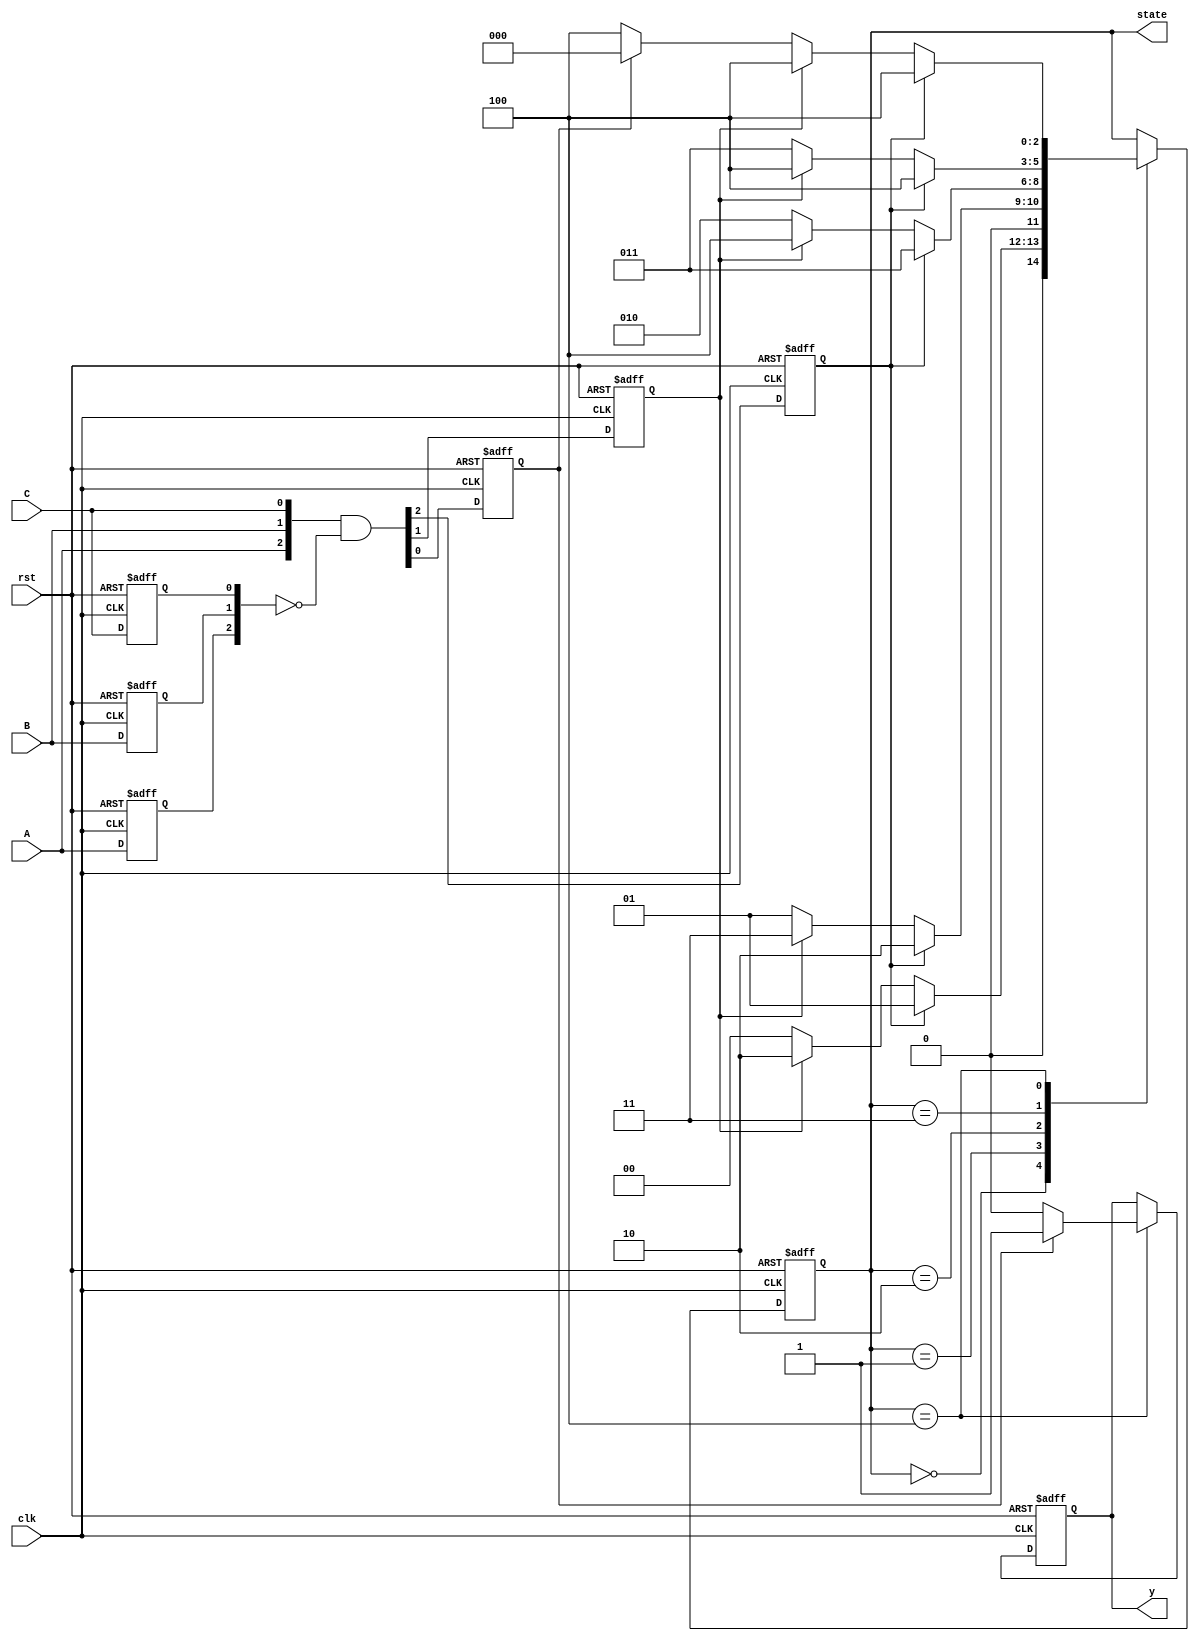
`timescale 1ns / 1ps
//////////////////////////////////////////////////////////////////////////////////
// Company: 
// Engineer: 
// 
// Design Name: 
// Module Name: SM2
// Project Name: 
// Target Devices: 
// Tool Versions: 
// Description: 
// 
// Dependencies: 
// 
// Revision:
// Revision 0.01 - File Created
// Additional Comments:
// 
//////////////////////////////////////////////////////////////////////////////////


module SM2(clk,rst,A,B,C,state,y);

input clk, rst;
input A,B,C;
reg A_reg,B_reg,C_reg;
reg A_trig,B_trig,C_trig;
output reg [2:0] state;
output reg y;

parameter S0=3'b000;
parameter S50=3'b001;
parameter S100=3'b010;
parameter S150=3'b011;
parameter S200=3'b100;

always @(negedge rst or posedge clk) begin
    if(!rst) begin
        {A_reg,B_reg,C_reg} <= 3'b000;
        {A_trig,B_trig,C_trig} <= 3'b000;
    end
    else begin
        {A_reg,B_reg,C_reg}<={A,B,C};
        {A_trig,B_trig,C_trig}<={A,B,C}&~{A_reg,B_reg,C_reg};
    end
end

always @(negedge rst or posedge clk) begin
    if(!rst) state<=S0;
    else begin
        case(state)
            S0:begin
                if(A_trig==1) state<=S50;
                else if(B_trig==1) state<=S100;
                else state<=S0;
            end
            S50:begin
                if(A_trig==1) state<=S100;
                else if(B_trig==1) state<=S150;
                else state<=S50;
            end
            S100:begin
                if(A_trig==1) state<=S150;
                else if(B_trig==1) state<=S200;
                else state<=S100;
            end
            S150:begin
                if(A_trig==1) state<=S200;
                else if(B_trig==1) state<=S200;
                else state<=S150;
            end
            S200:begin
                if(A_trig==1) state<=S200;
                else if(B_trig==1) state<=S200;
                else if(C_trig==1) state<=S0;
                else state<=S200;
            end
        endcase
    end
end

always@(negedge rst or posedge clk)begin
    if(!rst) y<=0;
    else begin
        case(state)
            S200:y<=C_trig ? 1:0;
        endcase
    end
end
endmodule